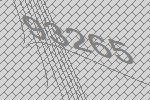
93265